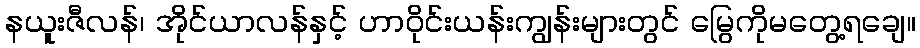
နယူးဇီလန်၊ အိုင်ယာလန်နှင့် ဟာဝိုင်းယန်းကျွန်းများတွင် မြွေကိုမတွေ့ရချေ။